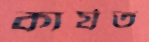
কার্যত